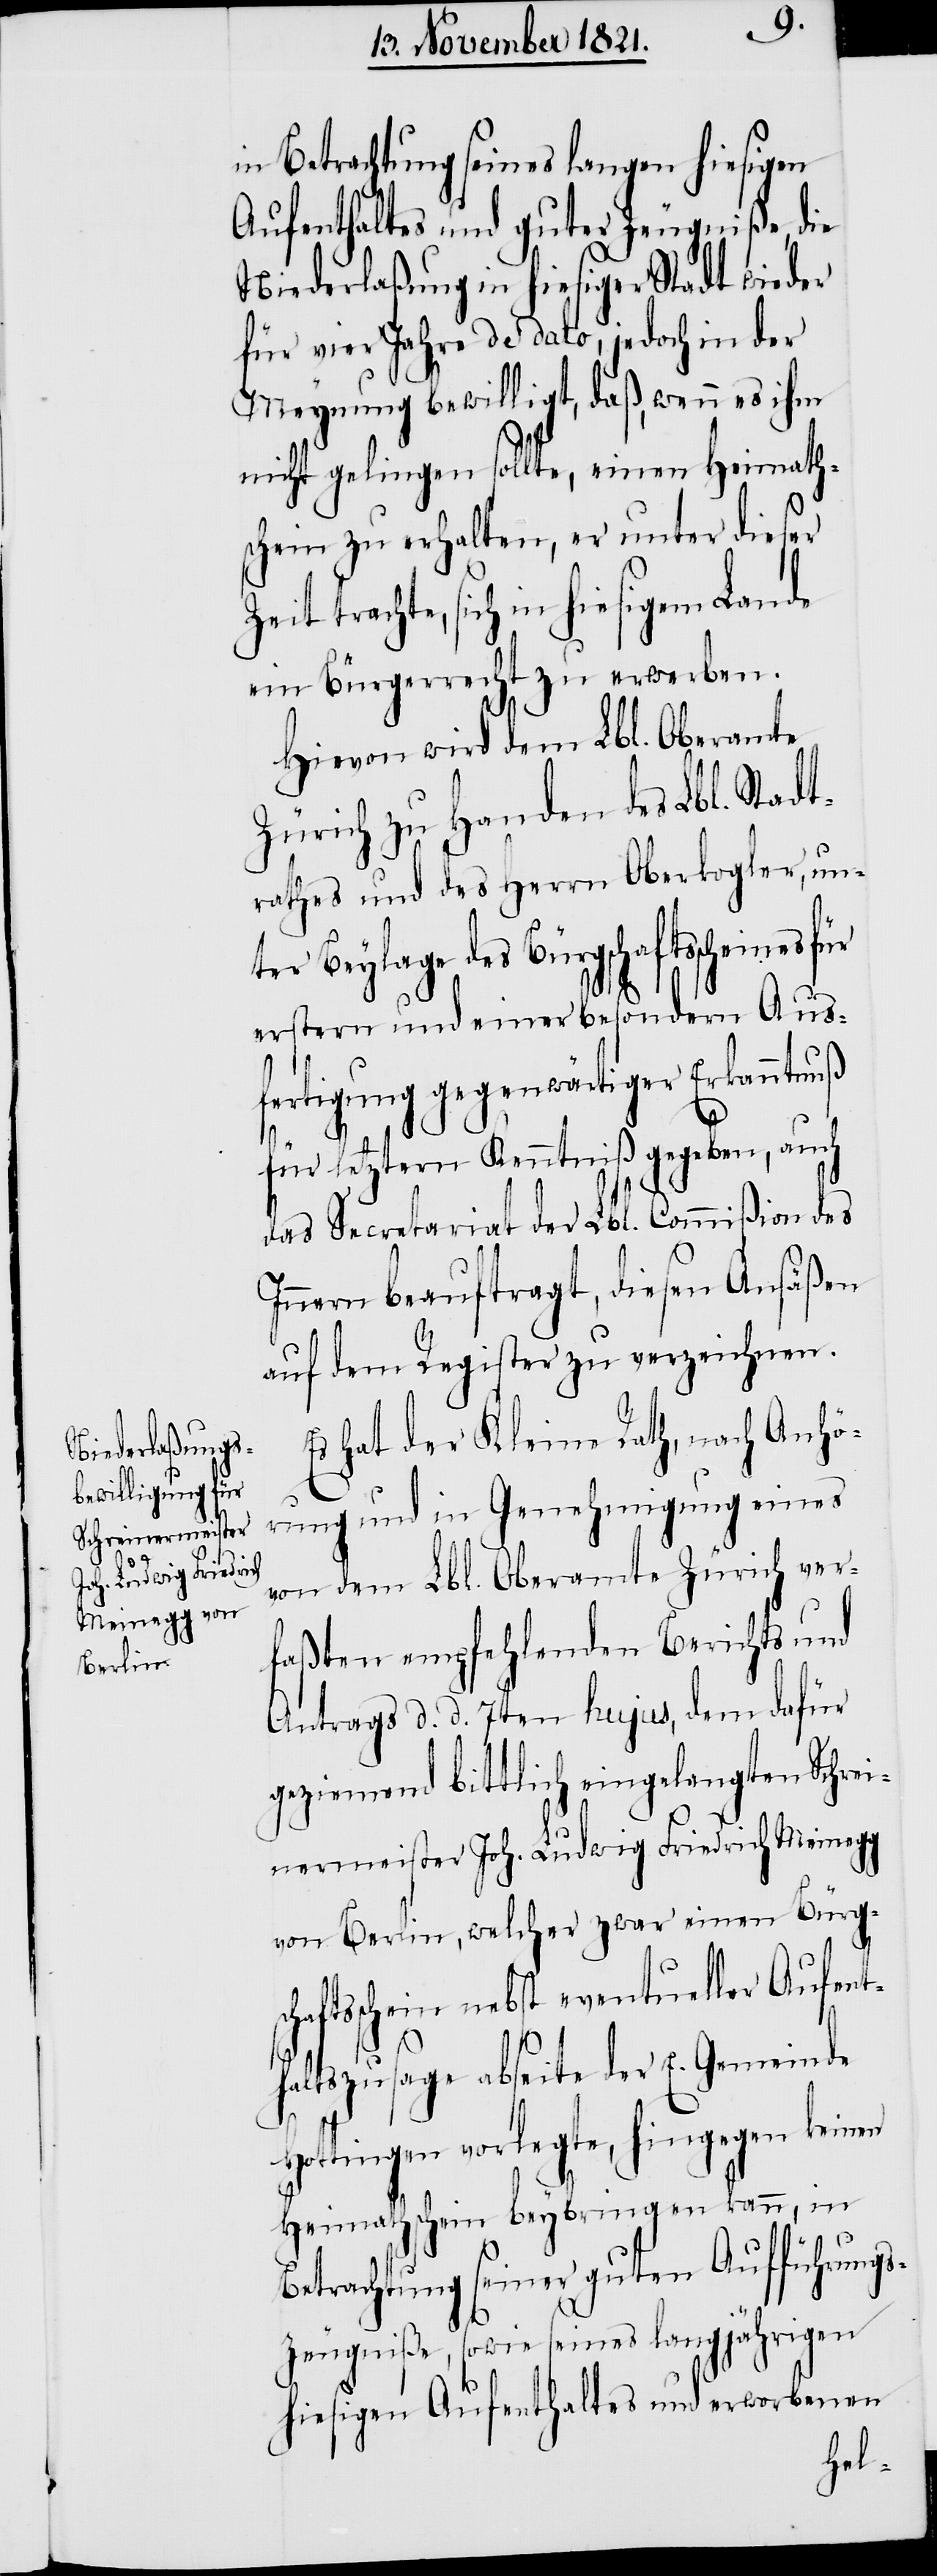
in Betrachtung seines langen hiesigen
Aufenthaltes und guter Zeugniße, die
Niederlaßung in hiesiger Stadt wieder
für vier Jahre de dato, jedoch in der
Meynung bewilligt, daß, wenn es ihm
nicht gelingen sollte, einen Heymath¬
schein zu erhalten, er unter dieser
Zeit trachte, sich in hiesigem Lande
ein Bürgerrecht zu erwerben.
Hievon wird dem Lbl. Oberamte
Zürich zu Handen des Lbl. Stadt¬
rathes und des Herrn Oberkogler, unt¬
er Beylage des Bürgschaftsscheines
erstern und einer besondern Aus¬
fertigung gegenwärtiger Erkanntnuß
für letztern Kenntniß gegeben, auch
das Secretariat der Lbl. Commißion des
Innern beauftragt, diesen Ansäßen
auf dem Register zu verzeichnen.
Es hat der Kleine Rath, nach Anhö¬
rung und in Genehmigung eines
von dem Lbl. Oberamte Zürich ver¬
faßten empfehlenden Berichts und
Antrags d. d. 7ten hujus, dem dafür
geziemend bittlich eingelangten Schrei¬
nermeister Joh. Ludwig Friedrich Meinegg
von Berlin, welcher zwar einen Bürgsc¬
haftsschein nebst eventueller Aufent¬
haltszusage abseite der E. Gemeinde
Hottingen vorlegte, hingegen keinen
Heymathschein beybringen kann, in
Betrachtung seiner guten Aufführung¬
s-Zeugniße, sowie seines langjährigen
hiesigen Aufenthaltes und erworbenen